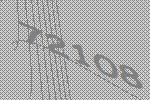
72108